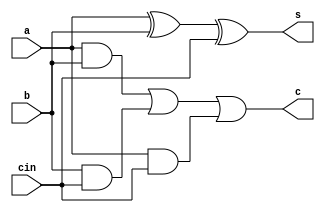
//Full adder behavioual model
module full_adder_behave(a,b,cin,s,c);
input a,b,cin;
output s,c;
reg l,m,n;
reg s,c;
always @(a,b,c)
begin
l=a&b;
m=b&cin;
n=a&cin;
c=l|m|n;
s=a^b^cin;
end
endmodule